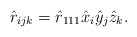
\begin{align*}\hat{r}_{ijk}=\hat{r}_{111}\hat{x}_{i}\hat{y}_{j}\hat{z}_{k}. \end{align*}